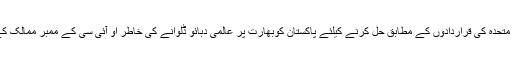
معروضی حالات میں مسئلہ کشمیر اقوام متحدہ کی قراردادوں کے مطابق حل کرنے کیلئے پاکستان کوبھارت پر عالمی دبائو ڈلوانے کی خاطر او آئی سی کے ممبر ممالک کے ساتھ ترجیحاً رابطے تیز کرنا ہونگے۔